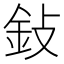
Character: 鈙